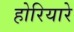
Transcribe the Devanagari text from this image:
होरियारे